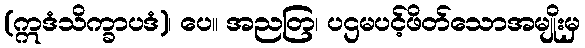
(ဣဒံသိက္ခာပဒံ)၊ ပေ။ အညတြ၊ ပဌမပင့်ဖိတ်သောအမျိုးမှ